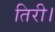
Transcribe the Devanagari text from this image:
तिरी।